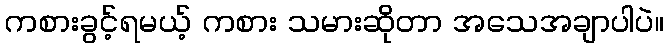
ကစားခွင့်ရမယ့် ကစား သမားဆိုတာ အသေအချာပါပဲ။